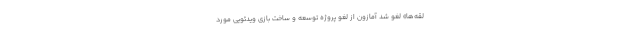
لقه‌ها» لغو شد آمازون از لغو پروژه توسعه و ساخت بازی ویدئویی مورد